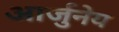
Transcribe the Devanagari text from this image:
आर्जुनेय